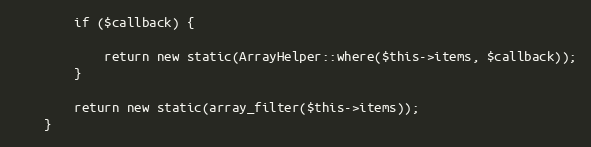
Language: PHP
        if ($callback) {

            return new static(ArrayHelper::where($this->items, $callback));
        }

        return new static(array_filter($this->items));
    }